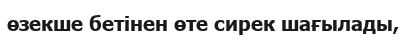
өзекше бетінен өте сирек шағылады,